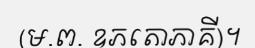
(ម.ព. ឧភតោភាគី)។